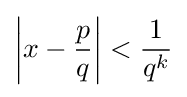
\left|x-{\frac {p}{q}}\right|<{\frac {1}{q^{k}}}